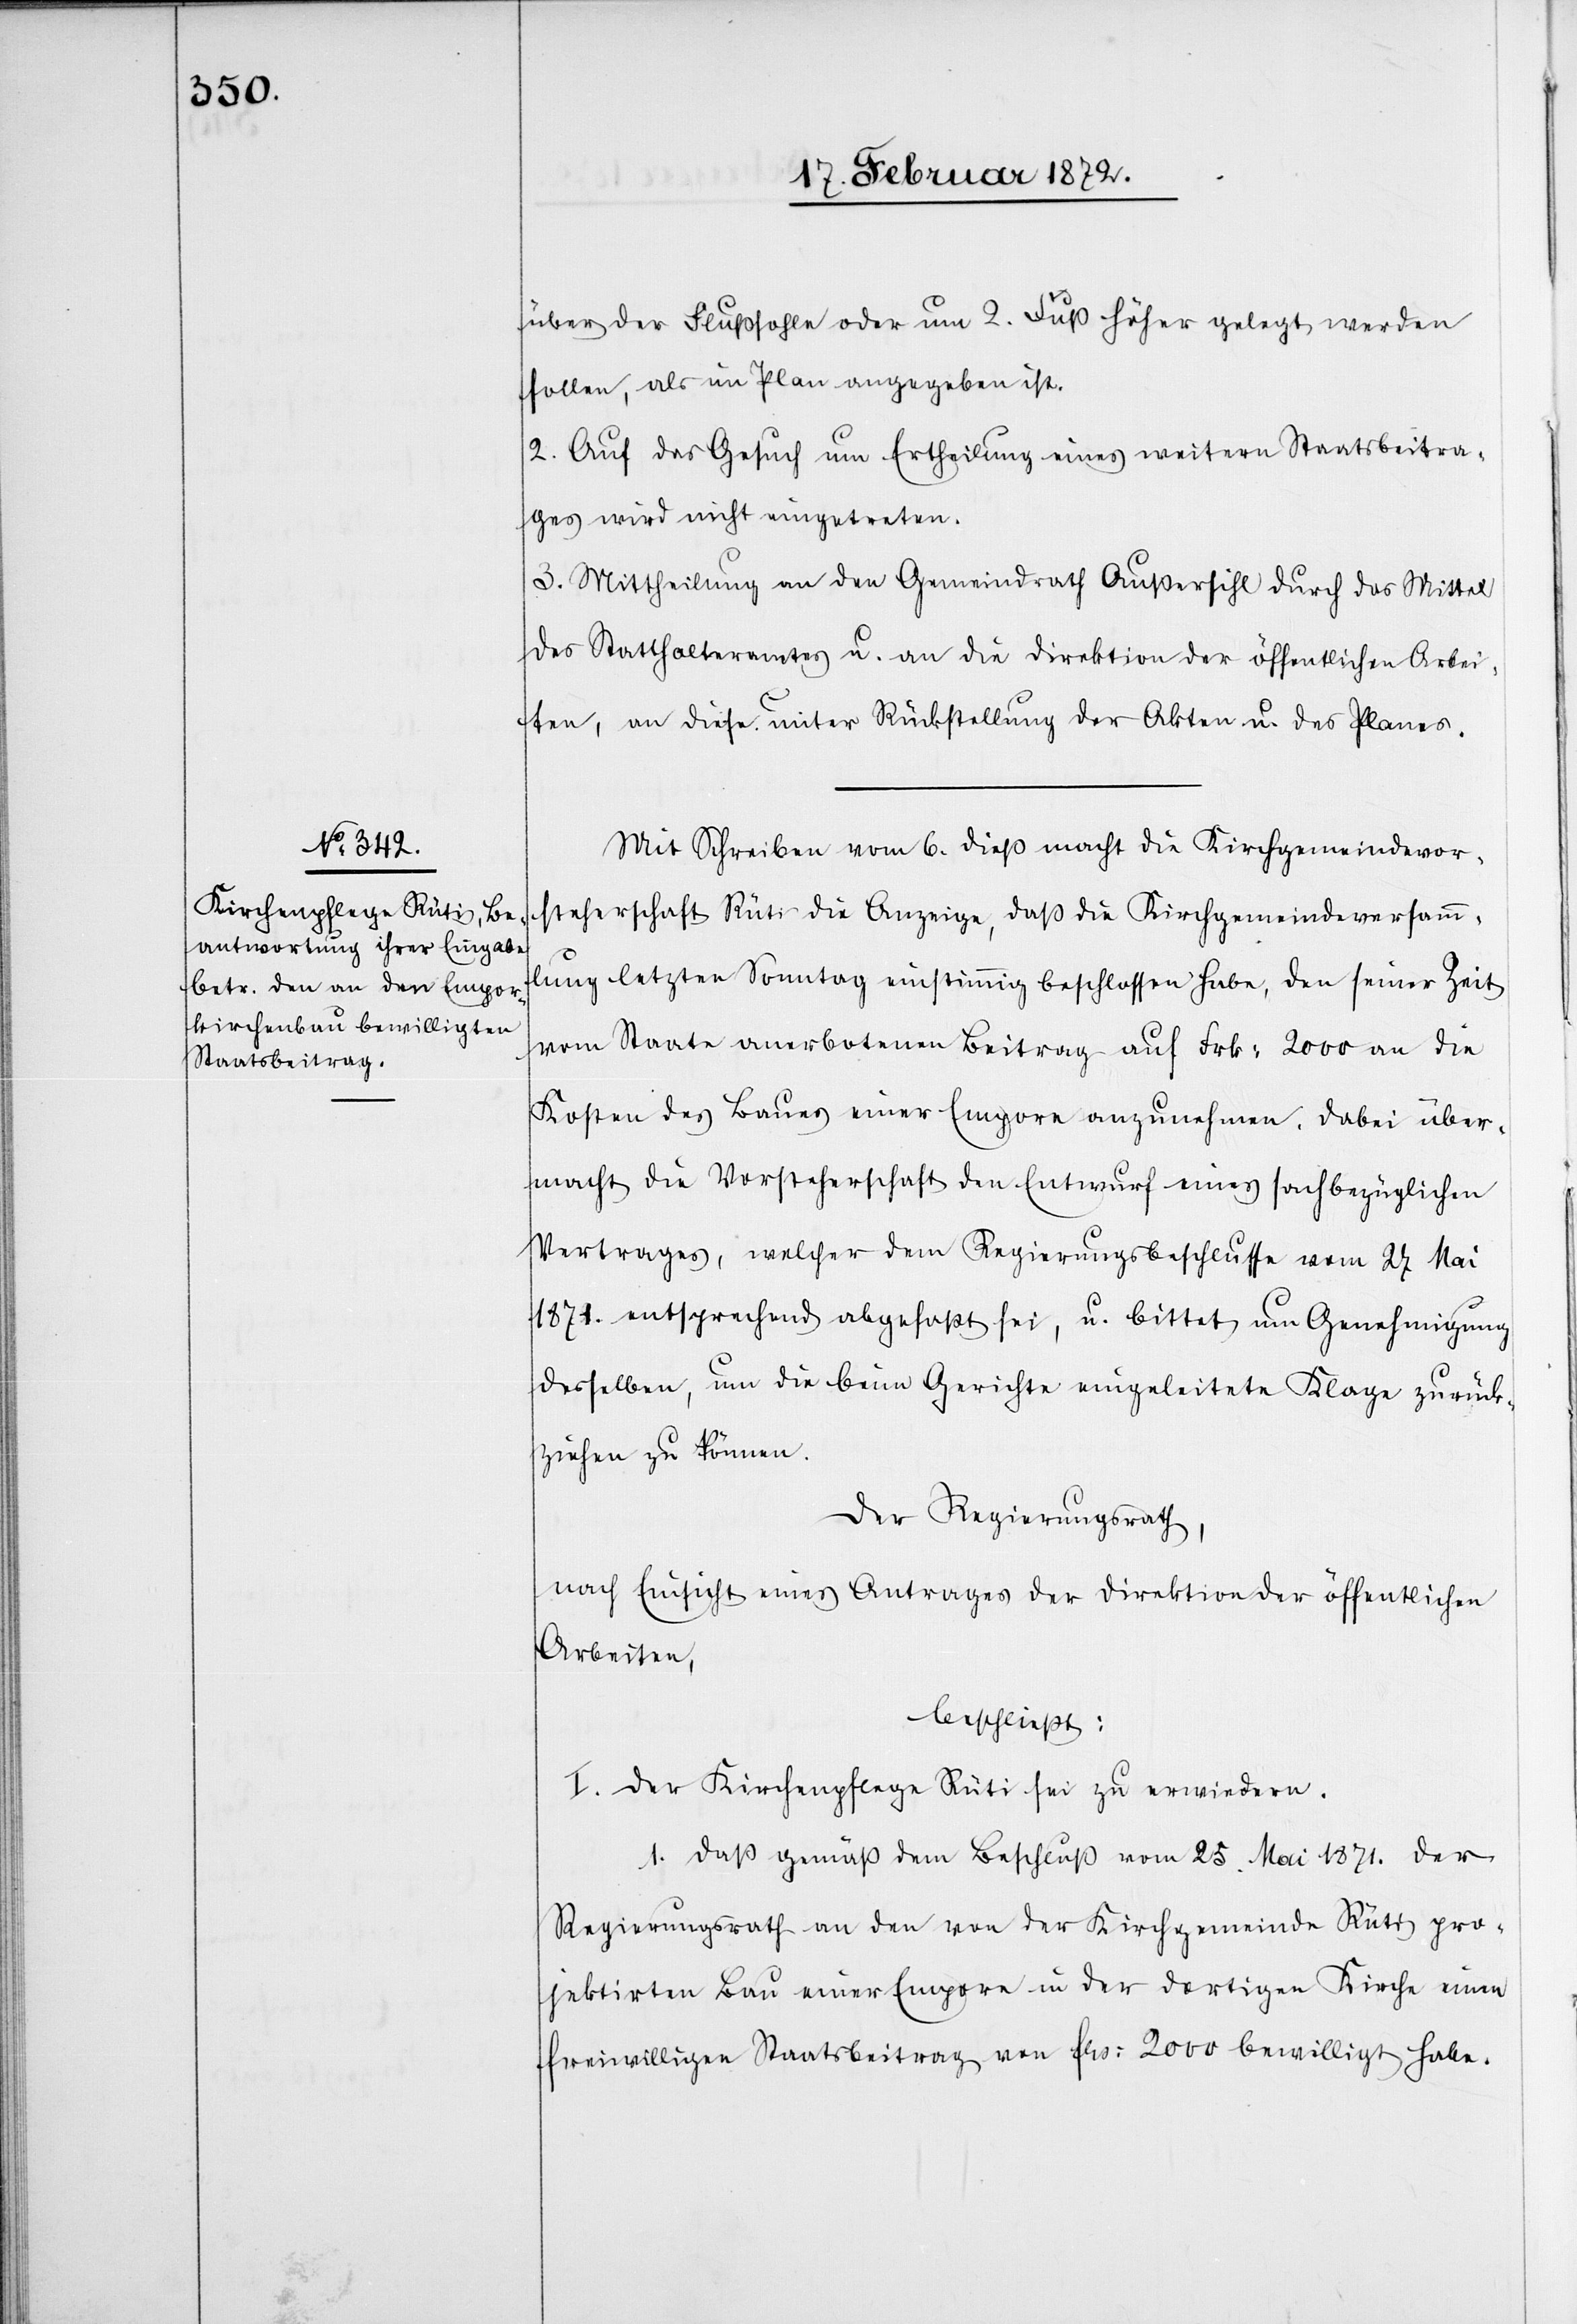
über der Flußsohle oder um 2. Fuß höher gelegt werden
sollen, als im Plan angegeben ist.
2. Auf das Gesuch um Ertheilung eines weitern Staatsbeitra¬
ges wird nicht eingetreten.
3. Mittheilung an den Gemeindrath Außersihl durch das Mittel
des Statthalteramtes u. an die Direktion der öffentlichen Arbei¬
ten, an diese unter Rückstellung der Akten u. des Planes.
Mit Schreiben vom 6. dieß macht die Kirchengemeindevor¬
steherschaft Rüti die Anzeige, daß die Kirchgemeindeversamm¬
lung letzten Sonntag einstimmig beschlossen habe, den seiner Zeit
vom Staate anerbotenen Beitrag auf Frk. 2000 a die
Kosten des Baues einer Empore anzunehmen. Dabei über¬
macht die Vorsteherschaft den Entwurf eines sachbezüglichen
Vertrages, welcher dem Regierungsbeschlusse vom 27 Mai
1871. entsprechend abgefaßt sei, u. bittet um Genehmigung
desselben, um die beim Gerichte eingeleitete Klage zurück¬
ziehen zu können.
Der Regierungsrath,
nach Einsicht eines Antrages der Direktion der öffentlichen
Arbeiten,
beschließt:
I. Der Kirchenpflege Rüti sei zu erwiedern.
1. Daß gemäß dem Beschluß vom 25. Mai 1871. der
Regierungsrath an den von der Kirchgemeinde Rüti pro¬
jektirten Bau einer Empore in der dortigen Kirche einen
freiwilligen Staatsbeitrag von frs. 2000 bewilligt habe.